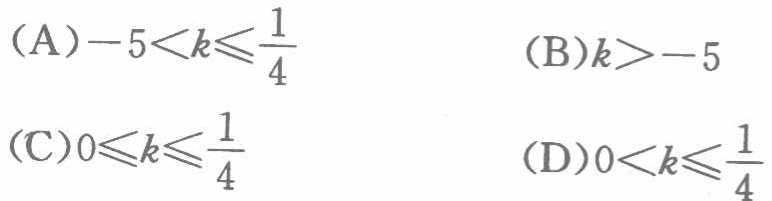
（A）\(-5<k\leqslant\frac{1}{4}\)  （B）\(k > - 5\)
（C）\(0\leqslant k\leqslant\frac{1}{4}\)  （D）\(0<k\leqslant\frac{1}{4}\)